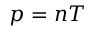
p = n T